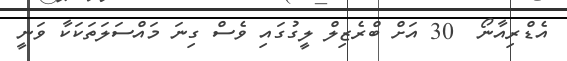
އެޑްރިއާނޯ  30 އަށް ބްރެޒިލް ލީގުގައި ވެސް ގިނަ މައްސަލަތަކަކާ ވަނީ